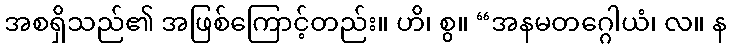
အစရှိသည်၏ အဖြစ်ကြောင့်တည်း။ ဟိ၊ စွ။ “အနမတဂ္ဂေါယံ၊ လ။ န